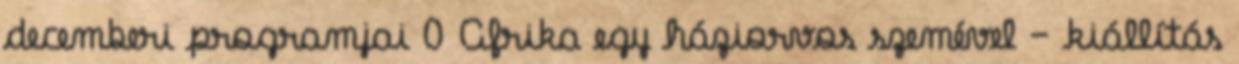
decemberi programjai 0 Afrika egy háziorvos szemével – kiállítás